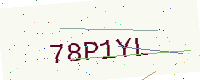
Text: 78P1YL